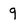
Character: 9